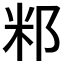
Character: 𥸬